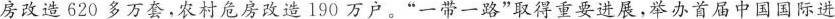
房改造620多万套，农村危房改造190万户。”一带一路”取得重要进展，举办首届中国国际进